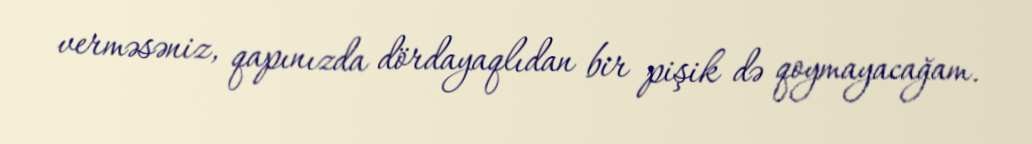
verməsəniz, qapınızda dördayaqlıdan bir pişik də qoymayacağam.